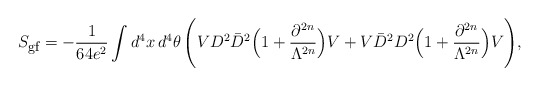
\begin{align*}S_{\mbox{\footnotesize gf}} = - \frac{1}{64 e^2}\int d^4x\,d^4\theta\,\Bigg(V D^2 \bar D^2\Big(1 + \frac{\partial^{2n}}{\Lambda^{2n}}\Big) V+ V \bar D^2 D^2\Big(1+ \frac{\partial^{2n}}{\Lambda^{2n}}\Big) V\Bigg),\end{align*}